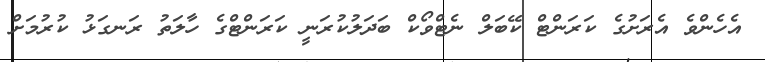
އެހެންވެ އެރަށުގެ ކަރަންޓް ކޭބަލް ނެޓްވޯކް ބަދަލުކުރަނީ ކަރަންޓްގެ ހާލަތު ރަނގަޅު ކުރުމަށް